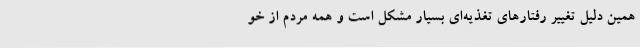
همین دلیل تغییر رفتارهای تغذیه‌ای بسیار مشکل است و همه مردم از خو